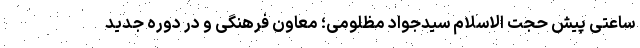
ساعتی پیش حجت الاسلام سیدجواد مظلومی؛ معاون فرهنگی و در دوره جدید